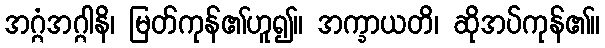
အဂ္ဂံအဂ္ဂါနိ၊ မြတ်ကုန်၏ဟူ၍။ အက္ခာယတိ၊ ဆိုအပ်ကုန်၏။